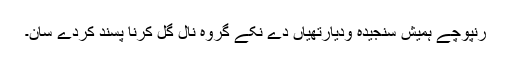
رنپوچے ہمیش سنجیدہ ودیارتھیاں دے نکے گروہ نال گل کرنا پسند کردے سان۔